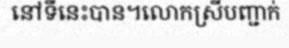
នៅទីនេះបាន។លោកស្រីបញ្ជាក់